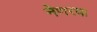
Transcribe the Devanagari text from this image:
नेणरया